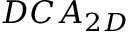
D C A _ { 2 D }